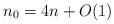
LaTeX: \begin{align*}n_0= 4 n+ O(1)\end{align*}